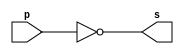
// ---------------------
// GUIA 02 
// Nome: Luiz Marques de Oliveira
// ---------------------

// ---------------------
// -- NOT FEITA DE NAND 
// --------------------	-

module notgate (s, p);
 output s;
 input  p;
 
 assign s = ~(p & p);
 
 endmodule // notgate
 


// ---------------------
// -- test NOT gate
// ---------------------

module testnotgate;
 reg   a;
 wire  s;
 
          // instancia
			 
 notgate NOT1  (s, a);

 
   // parte principal
 initial begin
      $display("Guia 02-Exercicio 3 ||| Luiz Marques de Oliveira || 417138");
      $display("Test NOT gate feita com NAND");
      $display("\n ~(a)=s \n");
      $monitor("~(%b)= %b", a,s);
  
     a=0;
  #1 a=1;
  
 end

endmodule // testnotgate